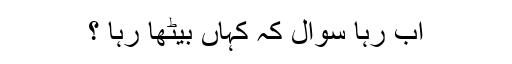
اب رہا سوال کہ کہاں بیٹھا رہا ؟